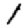
Digit: 1